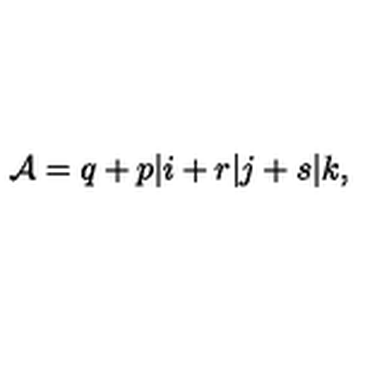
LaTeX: { \cal A } = q + p \vert i + r \vert j + s \vert k ,